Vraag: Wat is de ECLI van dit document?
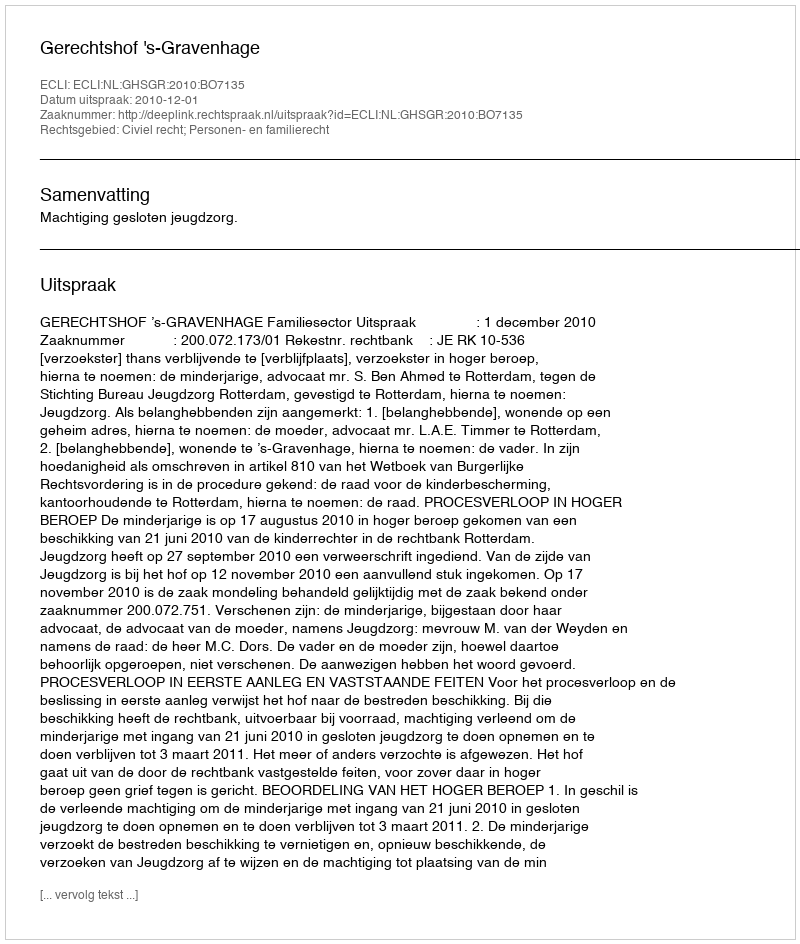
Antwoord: ECLI:NL:GHSGR:2010:BO7135